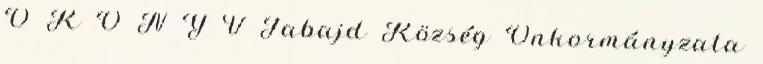
Ő K Ö N Y V Tabajd Község Önkormányzata